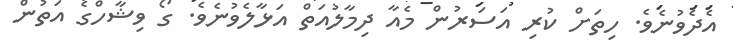
އެދެވުނެވެ. ހިތަށް ކުރި އަސަރުން މެއާ ދިމާލުއަތް އަޅާލެވުނެވެ. ގޯ ވިޝާހްގެ އަތުން